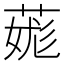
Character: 䓼